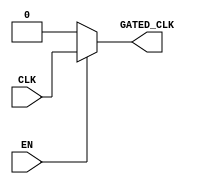
module clock_gating (
    input wire CLK,        // Primary clock signal
    input wire EN,         // Enable signal for clock gating
    output wire GATED_CLK  // Gated clock output
);

    // Internal signal to hold the gated clock state
    reg gated_clk_reg;

    // Always block to control the gated clock based on enable signal
    always @(*) begin
        if (EN) begin
            gated_clk_reg = CLK;  // Pass through the clock when enabled
        end else begin
            gated_clk_reg = 1'b0;  // Ground the clock when disabled
        end
    end

    // Assign the gated clock output
    assign GATED_CLK = gated_clk_reg;

endmodule